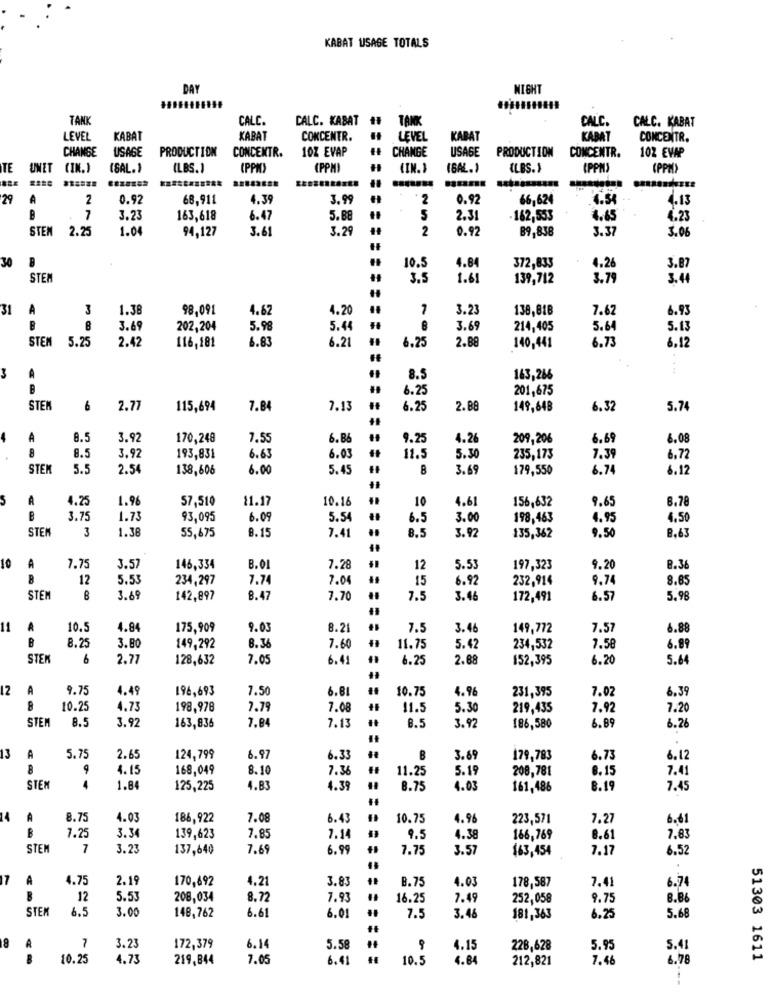
KABAT USAGE TOTALS
DAY
NIGHT
TAN
CALC.
CALC. KABAT #
TANK
CALC.
CALC. KABAT
LEVEL
KABAT
KABAT
CONCENTR.
LEVEL
KABAT
KABAT
CONCENTR.
CHANGE
USAGE
PRODUCTION
10Z EVAP
CHANGE
USAGE
PRODUCTION
CONCENTR.
CONCENTR.
102 EVAP
TE
UNET CIN.)
(SAL. )
(LBS.1
(PPM)
(PPM)
(IN. )
(6AL.)
(LBS. 1
(PPM
(PPM)
*********** *...****
.......
29
A
2
0.97
68.911
4.39
3.99
2
0.92
66.624
4.54
4.13
7
3.23
163,618
6.47
5.88
5
2.31
162,553
4.65
4.23
STEN
2.25
1.0
94,127
3.61
3.29
2
0.92
3.37
3.06
89,838
30
372,833
10.5
4.84
4.26
3.87
STEM
3.5
1.61
139,712
3.79
3.41
31
A
3
1.38
98.091
4.67
4.20
3.23
138,818
7.62
6.93
3.69
202,204
5.98
5.44
3.69
214,405
5.64
5.13
STEN
5.25
2.42
6.83
6.21
6.25
2.8
6.73
6.12
116,181
140,441
3
8.5
163,266
6.25
201,675
STEI
6
2.77
115,694
7.84
7.13
6.25
2.88
149,648
6.32
5.74
4
A
8.5
3.92
170,248
7.55
6.86
9.25
4.26
209,206
6.69
6.08
8.5
3.92
6.0
193,831
6.63
11.5
5.30
235,173
7.39
6.72
STEK
5.5
2.54
138,606
6.00
5.45
3.69
179,550
6.7
6.12
5
A
4.25
1.9
57,510
11.17
10.16
10
4.61
156,632
9.65
8.78
3.75
1.73
93,095
6.09
5.54
6.5
3.00
198,463
4.95
4,50
STEI
3
1.3
8.15
7.41
8.5
3.92
8.63
55,675
135,362
9.50
10
A
7.75
3.5
146,334
B.O
7.28
12
5.5
197,323
9.20
8.36
12
5.53
234,297
7.74
7.04
15
6.92
232,914
9.74
8.85
STEN
8
3.6
142,897
8.47
7.70
7.5
3.4
172,491
6.57
5.98
11
A
10.5
4.8
175,909
9.03
8.21
7.5
3.4
149,772
7.57
6.88
B
8.2
3.80
149,292
8.36
7.60
11.75
5.42
234,532
7.58
6.89
STEP
6
2.7
128,632
7.05
6.41
6.2
2.88
152,395
6.20
5.64
12
A
9.75
4.49
196,693
7.50
6.81
10.75
3.96
231,395
7.02
6,39
10.25
4.73
198,978
7.79
7.08
11.5
5.3
219,435
7.92
7.20
STEI
8.5
3.92
7.84
7.13
3.9
163,836
8.5
186,580
6.89
6.26
13
A
5.75
2.65
124,799
6.97
6.33
B
3.69
179,783
6.73
6.12
9
4.15
168,049
8.10
7.36
11.25
5.19
208,781
8.15
7.41
STEN
1.84
125,225
4.83
4.39
8.75
4.03
161,486
8.19
7.45
14
A
8.75
4.03
186,922
7.08
6.43
10.75
4.96
223,571
7.27
6.61
3.3
7.8
7.25
139,623
7.85
7.14
9.5
4.38
166,769
8.61
STEN
7
3.23
137,640
7.69
6.99
7.75
3.57
$63,454
7.17
6.52
17
A
4.75
2.19
170,692
4.21
3.83
B.75
4.03
178,587
7.41
6.74
R
12
5.5
208,034
8.72
7.93
16.25
7.49
252,058
9.75
8.86
STEM
6.5
3.00
6.61
6.01
5.68
148,762
7.5
3.46
181,363
6.25
7
3.23
18
172,379
6.14
5.58
4.15
228,628
5.95
5.41
10.25
4.73
219,844
7.05
6.41
10.5
4.84
212,821
7.46
6.78
51303 1611